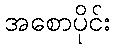
အစောပိုင်း